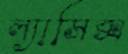
ল্যাসিক্স